system: You are a helpful assistant.
user:
Analyze the provided spectrum to determine if it is a **"Cataclysmic Variables (CV)"**.

- **Key Indicators for CV (Check for either state):**
    - **State 1: Quiescent / Low-State (Emission-Dominated)**
        - **(Primary):** Strong and *very broad* Hydrogen Balmer emission lines (e.g., $H\alpha$ at 6563 Å, $H\beta$ at 4861 Å). The 'broadness' (high velocity dispersion, often FWHM > 1000 km/s) is the key diagnostic, indicating a high-velocity accretion disk.
        - **(Secondary):** Broad neutral Helium (He I) emission lines (e.g., 5876 Å, 6678 Å).
        - **(Key Confirmation):** Presence of high-excitation *ionized* Helium (He II) emission at 4686 Å. This is a strong indicator of accretion onto a white dwarf.
        - **(Line Profile):** Emission lines may exhibit a 'double-peaked' profile, which is a classic signature of a rotating accretion disk viewed at high inclination.

    - **State 2: Outburst / High-State (Absorption-Dominated)**
        - **(Primary):** Spectrum is dominated by a bright, blue continuum (looks like a hot star).
        - **(Secondary):** The emission lines from State 1 are weak, absent, or 'filled in', and are replaced by broad, shallow *absorption* lines (primarily Balmer and He I).
        - **(Morphology):** The overall spectrum mimics a hot B/A-type star. The crucial difference is that the absorption lines are significantly broader, shallower, and more 'washed-out' (or 'smeared') than the sharp lines of a normal stellar photosphere, due to high rotational speeds and pressure broadening in the disk.

Think first, call **spectral_visualization_tool** if needed to examine features in detail, then provide your final answer. Your response must adhere to the following strict rules:
1.  **Overall Structure:** Your response must follow the format `<think>...</think> <tool_call>...</tool_call> (if a tool is used) <answer>...</answer>`.
2.  **Tool Usage Constraint:** You may only make **one** tool call per turn.
3.  **Final Answer Format:** In the `<answer>` tag, your conclusion must be inside a `\boxed{}` command (e.g., `\boxed{YES}`), followed by your justification.

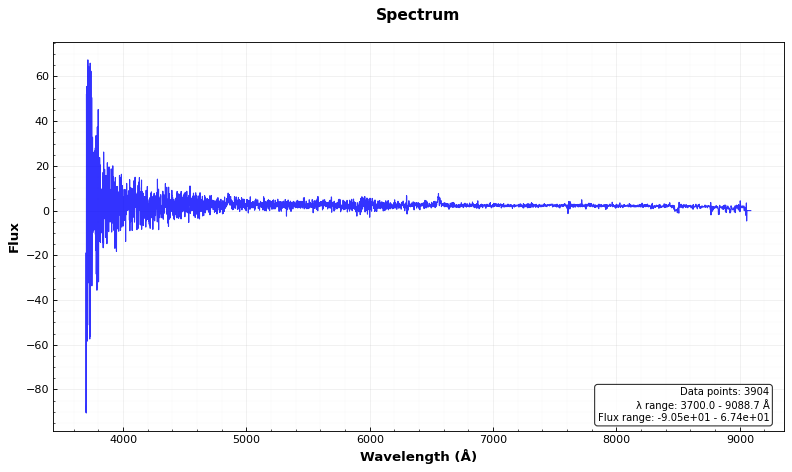
Answer: YES